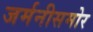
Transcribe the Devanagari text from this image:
जर्मनीसमोर